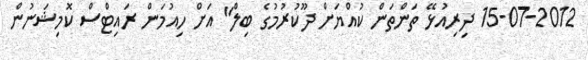
15-07-2012 ދިރިއުޅޭ ތަންތަން ކުއްޔަށް ދޫކުރުމުގެ ބިލް" އަށް ހިއުމަން ރައިޓްސް ކޮމިޝަނުން